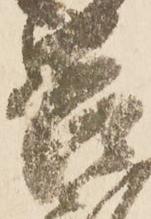
苦